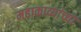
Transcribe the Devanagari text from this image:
महाकाव्यांच्या